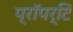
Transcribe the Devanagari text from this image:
प्रॉपर्टि